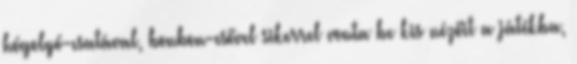
hógolyó-csatával, bonbon-esővel sikerrel vonta be kis nézőit a játékba,